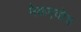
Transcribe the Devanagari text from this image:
मैकएवोय